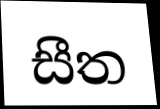
සීත